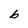
Character: b